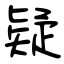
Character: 疑